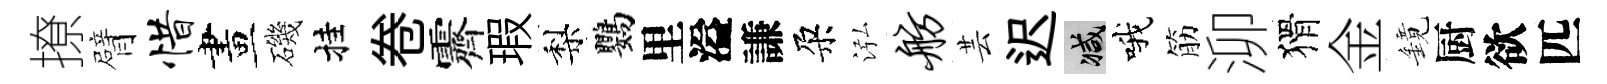
撩臂惜畫磯挂卷霽瑕梨鸚里溢謙朶泓舫芸迟减哦筋泖猾金鏡厨欲匹